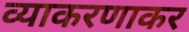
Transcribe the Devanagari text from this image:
व्याकरणाकर